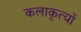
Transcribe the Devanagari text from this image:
कलाकृत्यों